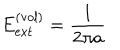
E _ { \mathrm { e x t } } ^ { ( \mathrm { v o l } ) } = \frac { 1 } { 2 \pi a }